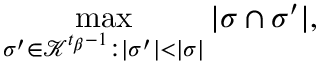
\operatorname* { m a x } _ { \sigma ^ { \prime } \in \mathcal { K } ^ { t _ { \beta } - 1 } : | \sigma ^ { \prime } | < | \sigma | } | \sigma \cap \sigma ^ { \prime } | ,